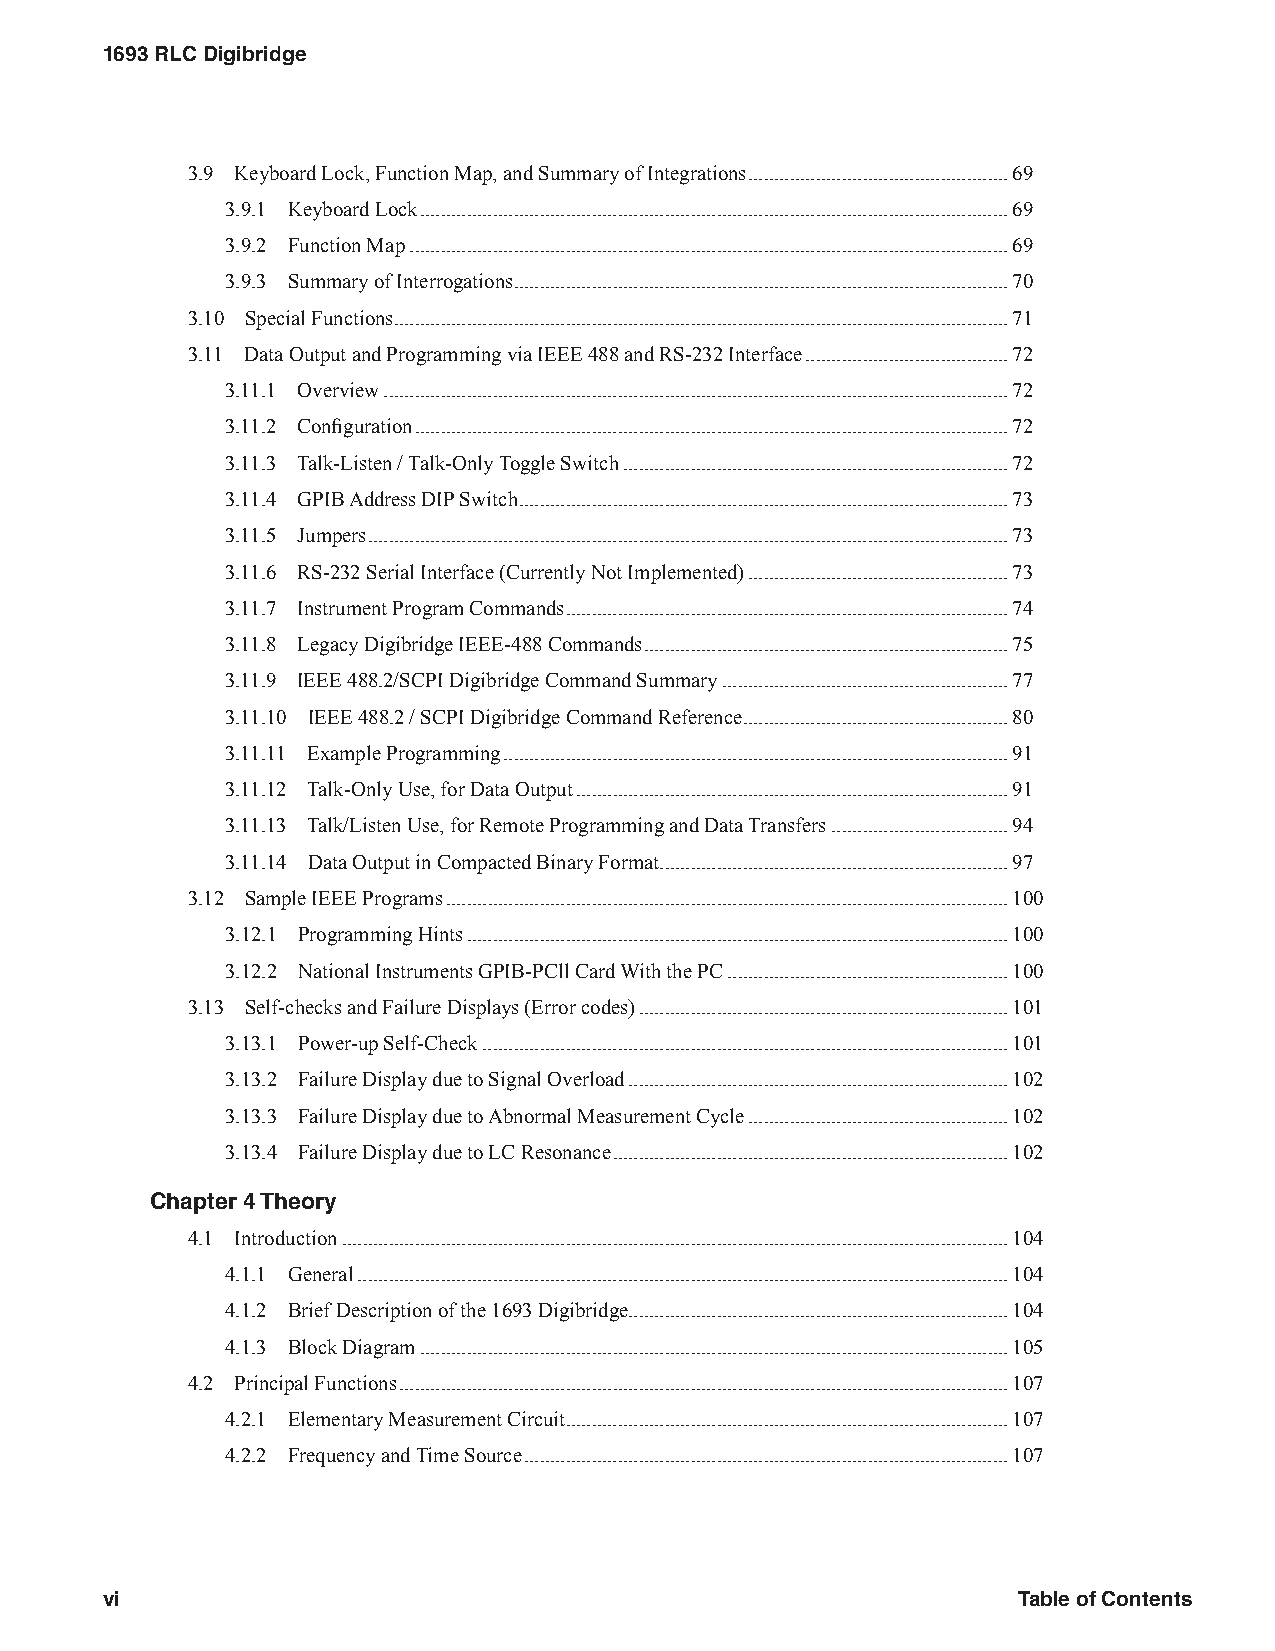
1693 RLC Digibridge
 3.9 Keyboard Lock, Function Map, and Summary of Integrations ..................................................69
 3.9.1 Keyboard Lock .................................................................................................................69
 3.9.2 Function Map ...................................................................................................................69
 3.9.3 Summary of Interrogations ...............................................................................................70
 3.10 Special Functions ......................................................................................................................71
 3.11 Data Output and Programming via IEEE 488 and RS-232 Interface .......................................72
 3.11.1 Overview ........................................................................................................................72
 3.11.2 Configuration ..................................................................................................................72
 3.11.3 Talk-Listen / Talk-Only Toggle Switch ..........................................................................72
 3.11.4 GPIB Address DIP Switch ..............................................................................................73
 3.11.5 Jumpers ...........................................................................................................................73
 3.11.6 RS-232 Serial Interface (Currently Not Implemented) ..................................................73
 3.11.7 Instrument Program Commands .....................................................................................74
 3.11.8 Legacy Digibridge IEEE-488 Commands ......................................................................75
 3.11.9 IEEE 488.2/SCPI Digibridge Command Summary .......................................................77
 3.11.10 IEEE 488.2 / SCPI Digibridge Command Reference ...................................................80
 3.11.11 Example Programming .................................................................................................91
 3.11.12 Talk-Only Use, for Data Output ...................................................................................91
 3.11.13 Talk/Listen Use, for Remote Programming and Data Transfers ..................................94
 3.11.14 Data Output in Compacted Binary Format ...................................................................97
 3.12 Sample IEEE Programs ............................................................................................................100
 3.12.1 Programming Hints ........................................................................................................100
 3.12.2 National Instruments GPIB-PCll Card With the PC ......................................................100
 3.13 Self-checks and Failure Displays (Error codes) .......................................................................101
 3.13.1 Power-up Self-Check .....................................................................................................101
 3.13.2 Failure Display due to Signal Overload .........................................................................102
 3.13.3 Failure Display due to Abnormal Measurement Cycle ..................................................102
 3.13.4 Failure Display due to LC Resonance ............................................................................102
 Chapter 4 Theory
 4.1 Introduction ................................................................................................................................104
 4.1.1 General .............................................................................................................................104
 4.1.2 Brief Description of the 1693 Digibridge.........................................................................104
 4.1.3 Block Diagram .................................................................................................................105
 4.2 Principal Functions .....................................................................................................................107
 4.2.1 Elementary Measurement Circuit .....................................................................................107
 4.2.2 Frequency and Time Source .............................................................................................107
 vi                                                          Table of Contents